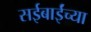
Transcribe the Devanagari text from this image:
सईबाईंच्या